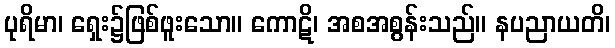
ပုရိမာ၊ ရှေး၌ဖြစ်ဖူးသော။ ကောဋိ၊ အစအစွန်းသည်။ နပညာယတိ၊